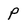
Character: P